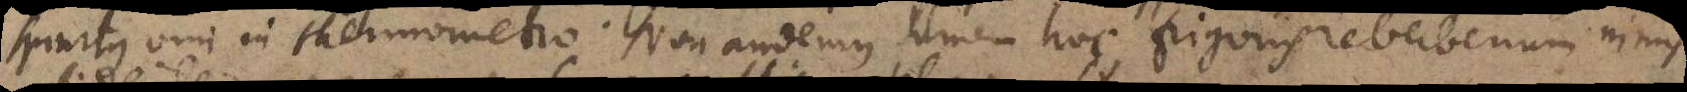
spiritus vini in thermometro. Non audemus tamen hoc frigoris reverberium nimis